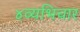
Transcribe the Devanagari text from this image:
४व्यभिचार